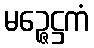
မဉ္ဇေဋ္ဌကံ